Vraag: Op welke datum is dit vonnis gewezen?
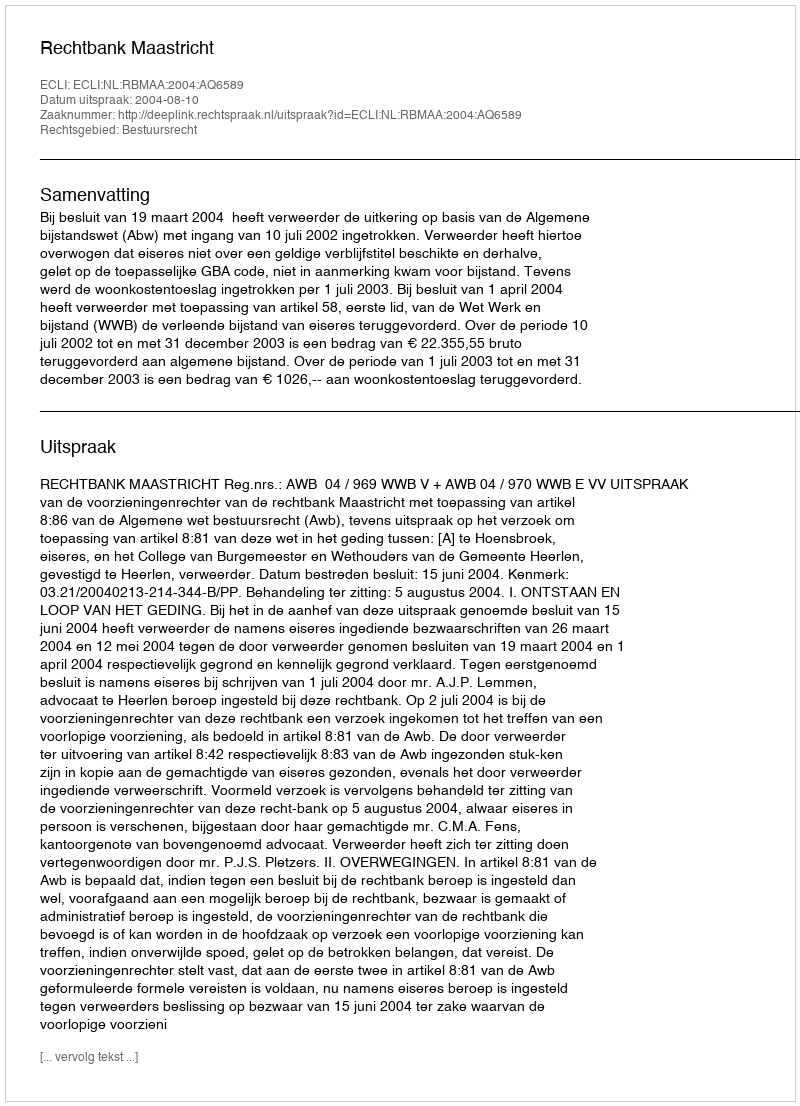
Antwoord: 2004-08-10